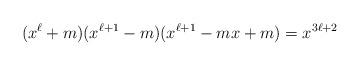
LaTeX: \begin{align*}(x^\ell + m)(x^{\ell + 1} - m)(x^{\ell + 1} - mx + m) = x^{3\ell + 2}\end{align*}